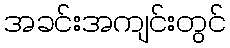
အခင်းအကျင်းတွင်